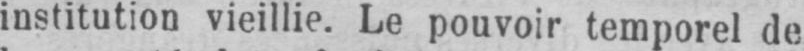
institution vieillie. Le pouvoir temporel de